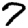
Digit: 7